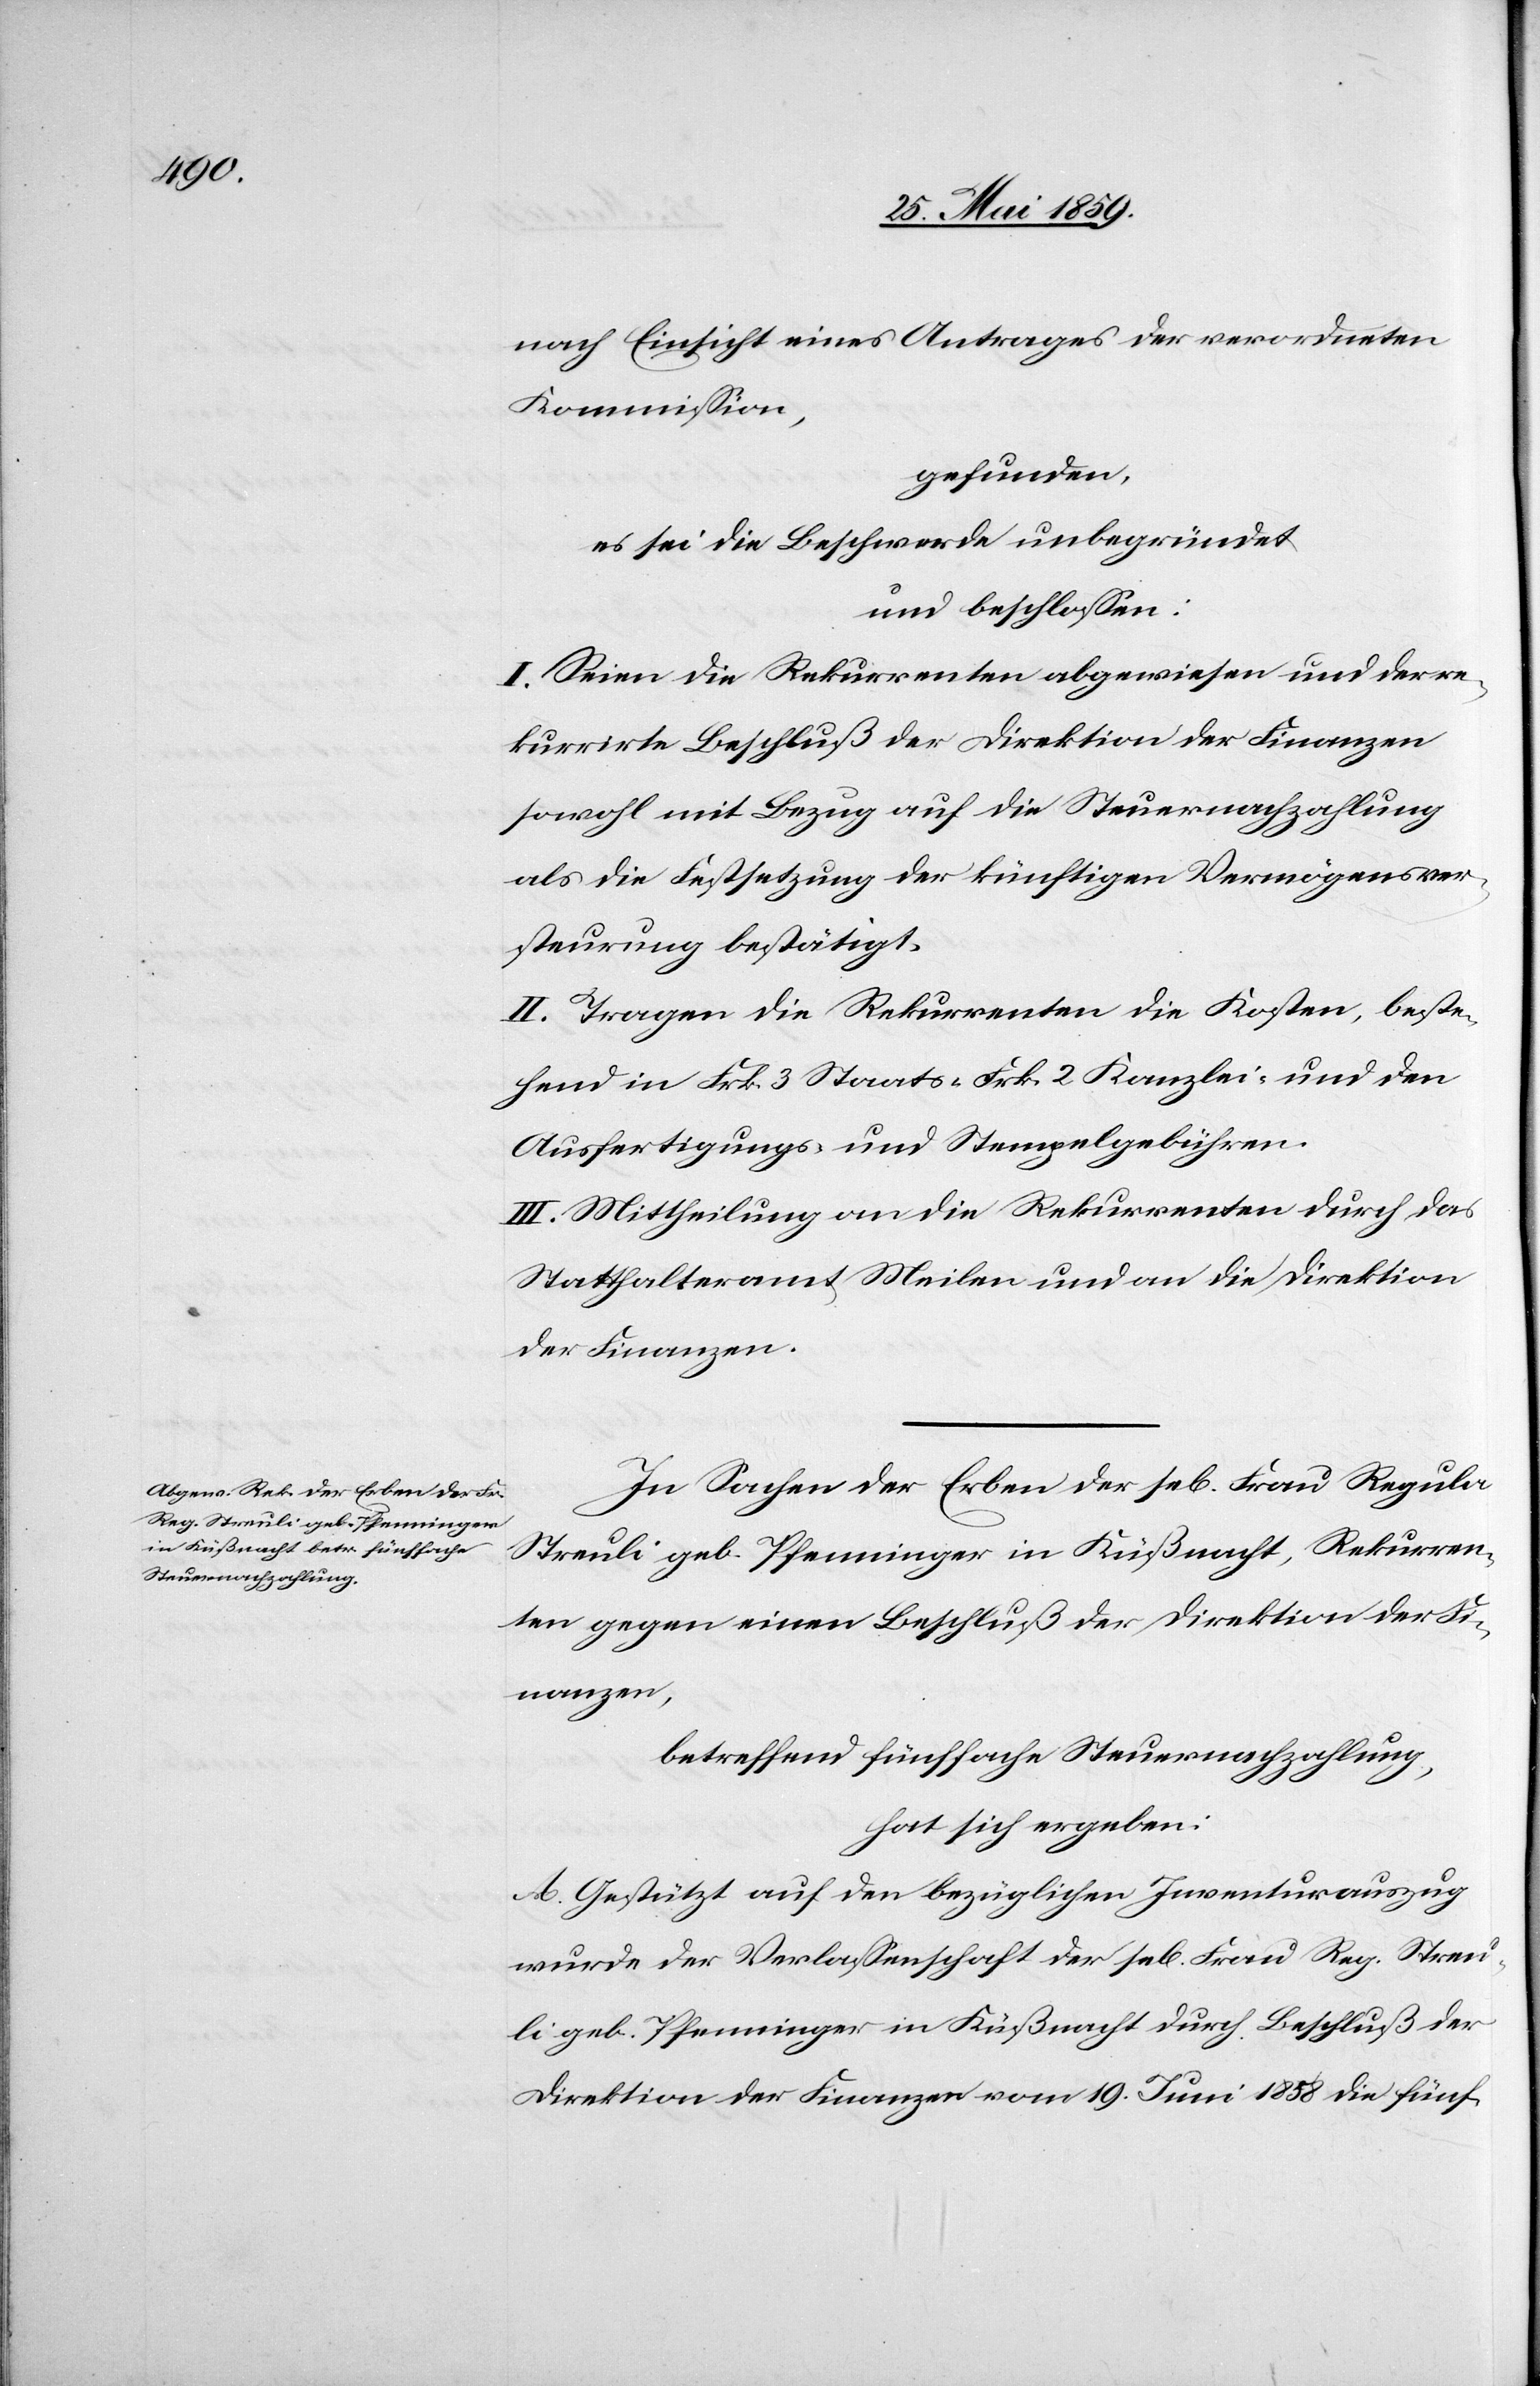
nach Einsicht eines Antrages der verordneten
Kommission,
gefunden,
es sei die Beschwerde unbegründet
und beschlossen:
I. Seien die Rekurrenten abgewiesen und der re¬
kurrirte Beschluß der Direktion der Finanzen
sowohl mit Bezug auf die Steuernachzahlung
als die Festsetzung der künftigen Vermögensver¬
steurung bestätigt.
II. Tragen die Rekurrenten die Kosten, beste¬
hend in Frk. 3 Staats-[,] Frk. 2 Kanzlei- und den
Ausfertigungs- und Stempelgebühren.
III. Mittheilung an die Rekurrenten durch das
Statthalteramt Meilen und an die Direktion
der Finanzen.
In Sachen der Erben der sel. Frau Regula
Streuli geb. Pfenninger in Küßnacht, Rekurren¬
ten gegen einen Beschluß der Direktion der Fi¬
nanzen,
betreffend fünffache Steuernachzahlung,
hat sich ergeben:
A. Gestützt auf den bezüglichen Inventurauszug
wurde der Verlassenschaft der sel. Frau Reg. Streu¬
li geb. Pfenninger in Küßnacht durch Beschluß der
Direktion der Finanzen vom 19. Juni 1858 die fünf-